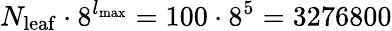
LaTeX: N_{{\mathrm{leaf}}}\cdot 8^{l_{{\mathrm{max}}}}=100\cdot 8^{5}=3276800